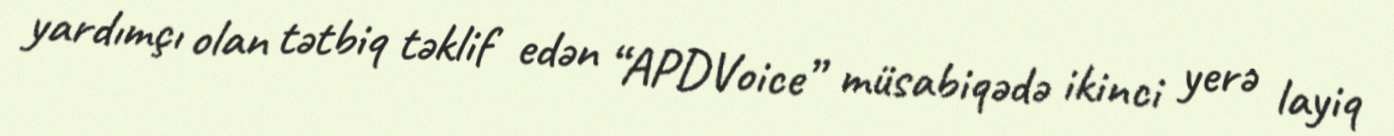
yardımçı olan tətbiq təklif edən “APDVoice” müsabiqədə ikinci yerə layiq